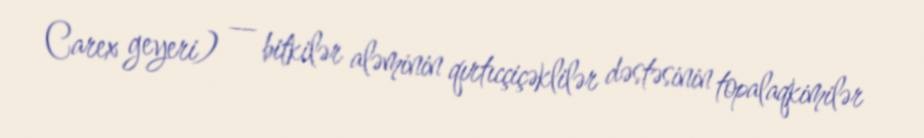
Carex geyeri) — bitkilər aləminin qırtıcçiçəklilər dəstəsinin topalaqkimilər